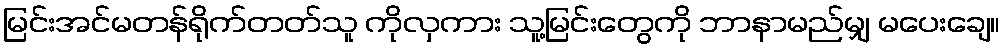
မြင်းအင်မတန်ရိုက်တတ်သူ ကိုလှကား သူ့မြင်းတွေကို ဘာနာမည်မျှ မပေးချေ။